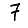
Digit: 7